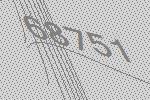
68751